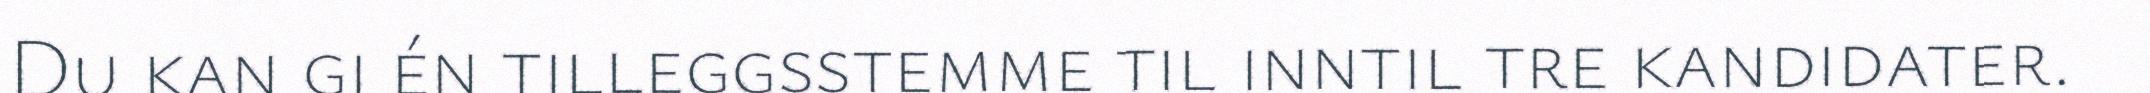
Du kan gi én tilleggsstemme til inntil tre kandidater.